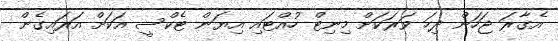
އެގާރަ ޖަހަން ދިހަ ވަރަކަށް މިނިޓް ހުއްޓައި އިޔަން ޓެކްސީ އަކަށް އަރައިގެން